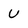
Character: U